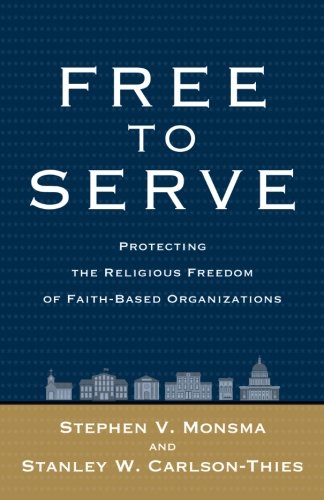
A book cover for Free to Serve: Protecting the Religious Freedom of Faith-Based Organizations; Stephen V. Monsma; Christian Books & Bibles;